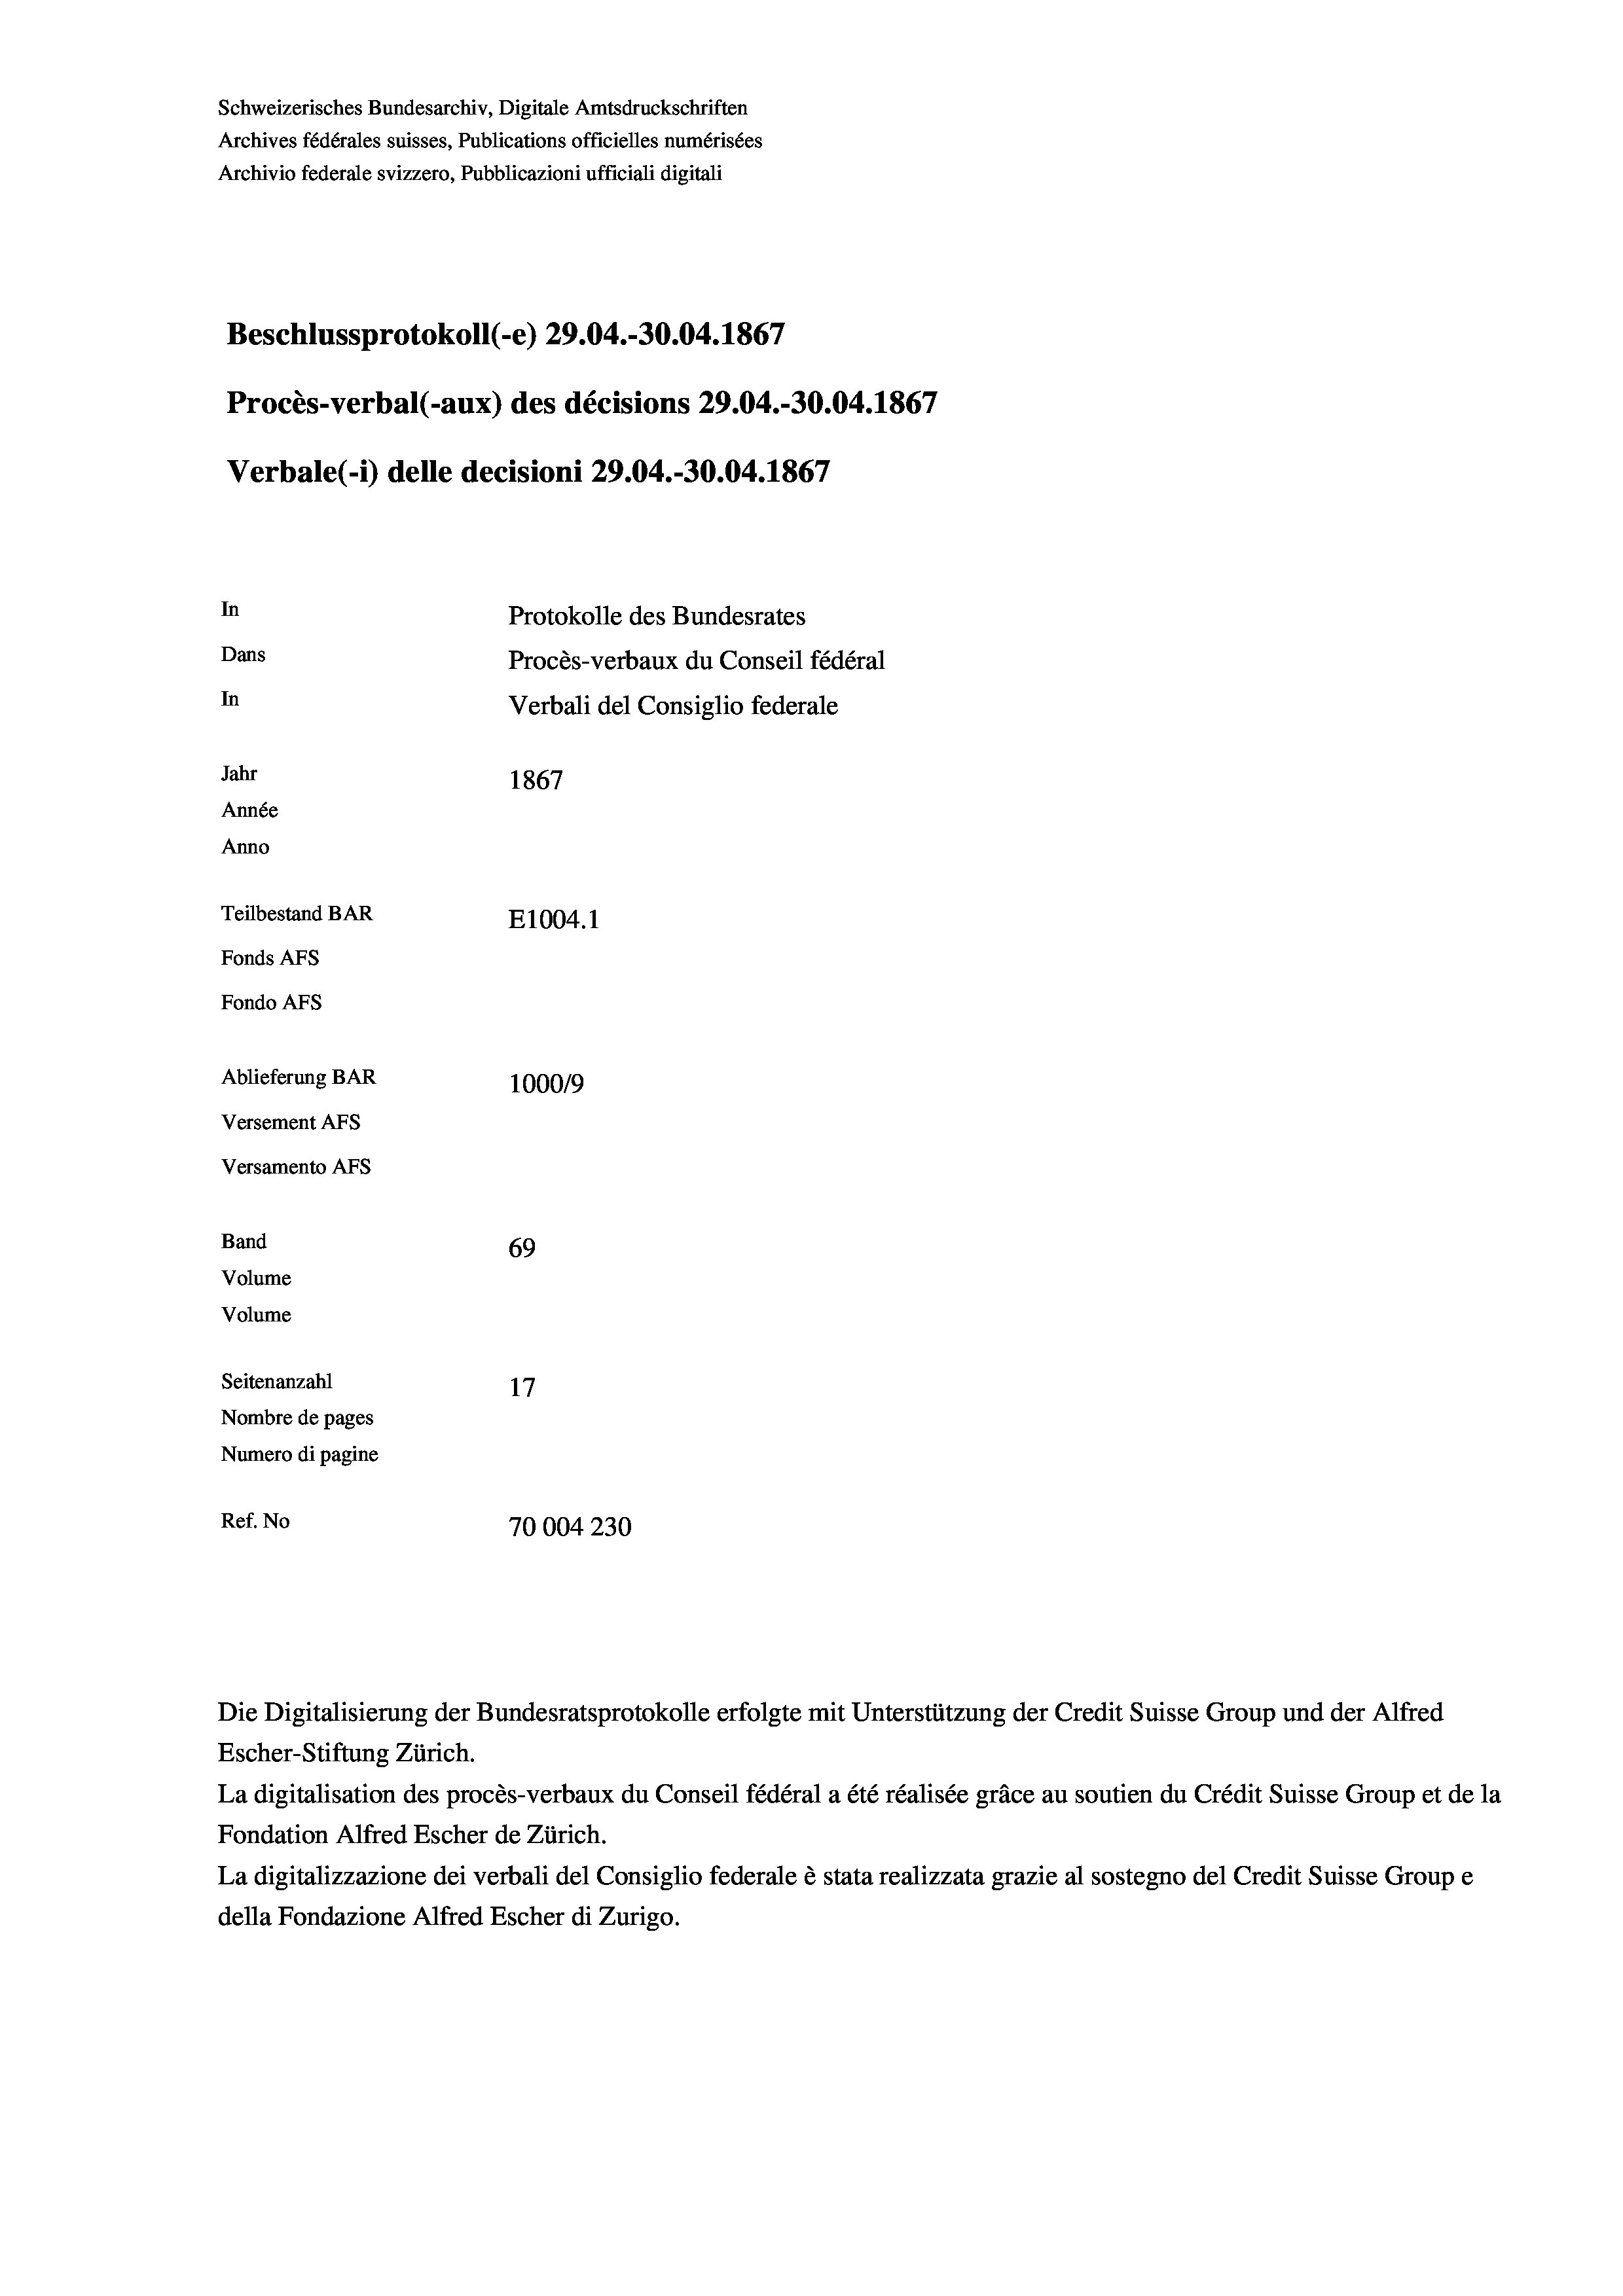
Schweizerisches Bundesarchiv, Digitale Amtsdruckschriften
Archives fédérales suisses, Publications officielles numérisées
Archivio federale svizzero, Pubblicazioni ufficiali digitali
Beschlussprotokoll (-e) 29.04.-30.04. 1867
Procès-verbal (-aux) des décisions 29.04.-30.04. 1867
Verbale (- 1) delle decisioni 29.04.-30.04. 1867
In
Protokolle des Bundesrates
Dans
Procès-verbaux du Conseil fédéral
In
Verbali del Consiglio federale
Jahr
1867
Année
Anno
Teilbestand BAR
E1004.1
Fonds AFs
Fondo Afs
Ablieferung BAR
100019
Versement AFs
Versamento AFs
Band
69

Seitenanzahl
17
Nombre de pages
Numero di pagine
Ref. No
70004 230

Volume
Volume

Die Digitalisierung der Bundesratsprotokolle erfolgte mit Unterstützung der Credit Suisse Group und der Alfred

Escher-Stiftung Zürich.
La digitalisation des procès-verbaux du Conseil fédéral a été réalisée gräce au soutien du Crédit Suisse Group et de la
Fondation Alfred Escher de Zürich.
La digitalizzazione dei verbali del Consiglio federale è stata realizzata grazie al sostegno del Credit Suisse Groupe
della Fondazione Alfred Escher di Zurigo.